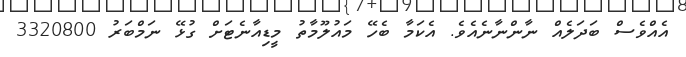
އެއްވެސް ބަދަލެއް ނާންނާނެއެވެ. އެކަމާ ބެހޭ މައުލޫމާތު މީޑިއާނެޓަށް ގުޅޭ ނަމްބަރު 3320800